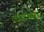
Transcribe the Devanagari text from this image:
ट्राईआक्सिडेन